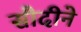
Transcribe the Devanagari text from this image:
सौदीने